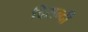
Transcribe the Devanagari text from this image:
दिसन्दी